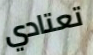
تعتادي